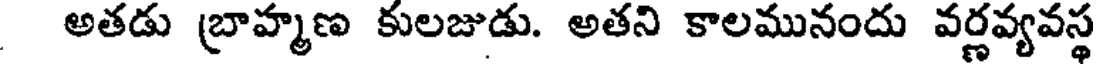
అతడు బ్రాహ్మణ కులజుడు. అతని కాలమునందు వర్ణవ్యవస్థ